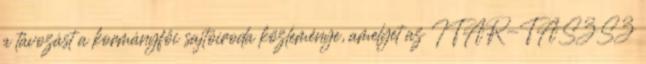
a távozást a kormányfői sajtóiroda közleménye, amelyet az ITAR-TASZSZ